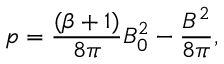
p = \frac { ( \beta + 1 ) } { 8 \pi } B _ { 0 } ^ { 2 } - \frac { B ^ { 2 } } { 8 \pi } ,